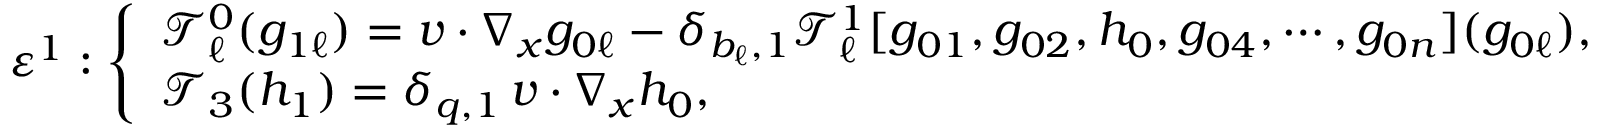
{ \varepsilon } ^ { 1 } : \left\{ \begin{array} { l } { \mathcal T _ { \ell } ^ { 0 } ( g _ { 1 \ell } ) = v \cdot \nabla _ { x } g _ { 0 \ell } - \delta _ { b _ { \ell } , 1 } \mathcal T _ { \ell } ^ { 1 } [ g _ { 0 1 } , g _ { 0 2 } , h _ { 0 } , g _ { 0 4 } , \cdots , g _ { 0 n } ] ( g _ { 0 \ell } ) , } \\ { \mathcal T _ { 3 } ( h _ { 1 } ) = \delta _ { q , 1 } \, v \cdot \nabla _ { x } h _ { 0 } , } \end{array} \right.